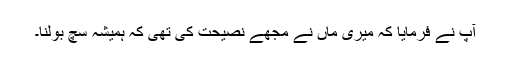
آپ نے فرمایا کہ میری ماں نے مجھے نصیحت کی تھی کہ ہمیشہ سچ بولنا۔